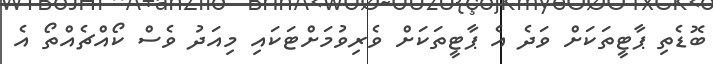
ބޮޑެތި ޕާޓީތަކަށް ވަދެ އެ ޕާޓީތަކަށް ވެރިވުމަށްޓަކައި މިއަދު ވެސް ކޯއްޗެއްތޯ އެ